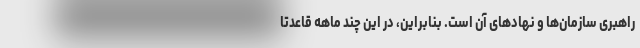
راهبری سازمان‌ها و نهادهای آن است. بنابراین، در این چند ماهه قاعدتا